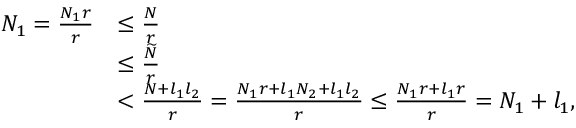
\begin{array} { r l } { N _ { 1 } = \frac { N _ { 1 } r } { r } } & { \leq \frac { N } { r } } \\ & { \leq \frac { \widetilde { N } } { r } } \\ & { < \frac { N + l _ { 1 } l _ { 2 } } { r } = \frac { N _ { 1 } r + l _ { 1 } N _ { 2 } + l _ { 1 } l _ { 2 } } { r } \leq \frac { N _ { 1 } r + l _ { 1 } r } { r } = N _ { 1 } + l _ { 1 } , } \end{array}